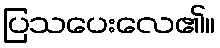
ပြသပေးလေ၏။